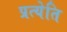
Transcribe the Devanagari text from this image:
प्रत्येति